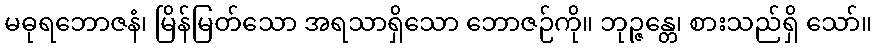
မဓုရဘောဇနံ၊ မြိန်မြတ်သော အရသာရှိသော ဘောဇဉ်ကို။ ဘုဉ္ဇန္တေ၊ စားသည်ရှိ သော်။